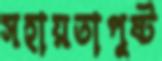
সহায়তাপুষ্ট